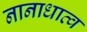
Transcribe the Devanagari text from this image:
नानाधात्व